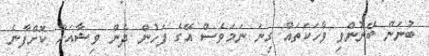
ބުނަން ބޭނުންވި ވާހަކަތައް ގިނަ ނަމަވެސް އޭގެ ފަހުން ދެން ވިޝާއަށް ކޮށްފާނެ